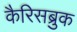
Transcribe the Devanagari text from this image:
कैरिसब्रुक